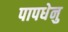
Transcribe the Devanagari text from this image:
पापधेनु